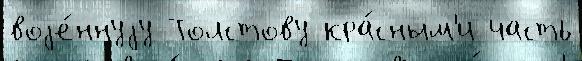
воjе́ннуjу Толстову кра́сным'и часть